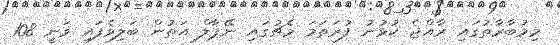
މިމުބާރާތުގައި ރާއްޖެ ކުޅުނު ފުރަތަމަ މެޗުގައި ނޭޕާލް އަތުން ބަލިވެފައި ވަނީ 108